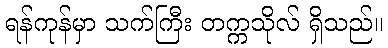
ရန်ကုန်မှာ သက်ကြီး တက္ကသိုလ် ရှိသည်။